Insane asylums Bombay 1873-77 - 1873-1877
Year: 1873
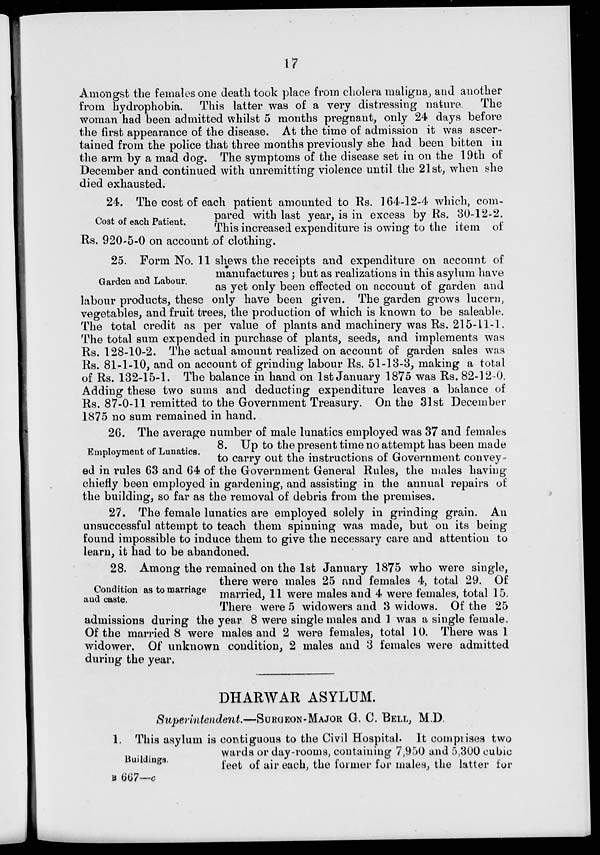
17
Amongst the females one death took place from cholera maligna, and another
from hydrophobia. This latter was of a very distressing nature. The
woman had been admitted whilst 5 months pregnant, only 24 days before
the first appearance of the disease. At the time of admission it was ascer-
tained from the police that three months previously she had been bitten in
the arm by a mad dog. The symptoms of the disease set in on the 19 th of
December and continued with unremitting violence until the 21st, when she
died exhausted.
Cost of each Patient.
24. The cost of each patient amounted to Rs. 164-12-4 which, com-
pared with last year, is in excess by Rs. 30-12-2.
This increased expenditure is owing to the item of
Rs. 920-5-0 on account of clothing.
Garden and Labour.
25. Form No. 11 shews the receipts and expenditure on account of
manufactures; but as realizations in this asylum have
as yet only been effected on account of garden and
labour products, these only have been given. The garden grows lucern ,
vegetables, and fruit trees, the production of which is known to be saleable.
The total credit as per value of plants and machinery was Rs. 215-11-1.
The total sum expended in purchase of plants, seeds, and implements was
Rs. 128-10-2. The actual amount realized on account of garden sales was
Rs. 81-1-10, and on account of grinding labour Rs. 51-13-3, making a total
of Rs. 132-15-1. The balance in hand on 1st January 1875 was Rs. 82-12-0.
Adding these two sums and deducting expenditure leaves a balance of
Rs. 87-0-11 remitted to the Government Treasury. On the 31st December
1875 no sum remained in hand.
Employment of Lunatics.
26. The average number of male lunatics employed was 37 and females
8. Up to the present time no attempt has been made
to carry out the instructions of Government convey-
ed in rules 63 and 64 of the Government General Rules, the males having
chiefly been employed in gardening, and assisting in the annual repairs of
the building, so far as the removal of debris from the premises.
27. The female lunatics are employed solely in grinding grain. An
unsuccessful attempt to teach them spinning was made, but on its being-
found impossible to induce them to give the necessary care and attention to
learn, it had to be abandoned.
Condition as to marriage
and caste.
28. Among the remained on the 1st January 1875 who were single,
there were males 25 and females 4, total 29. Of
married, 11 were males and 4 were females, total 15.
There were 5 widowers and 3 widows. Of the 25
admissions during the year 8 were single males and 1 was a single female.
Of the married 8 were males and 2 were females, total 10. There was 1
widower. Of unknown condition, 2 males and 3 females were admitted
during the year.
DHARWAR ASYLUM.
Superintendent.—SURGEON-MAJOR G. C. BELL, M.D.
Buildings.
1. This asylum is contiguous to the Civil Hospital. It comprises two
wards or day-rooms, containing 7,950 and 5,300 cubic
feet
of
air
each,
the
former
for
males,the
letter
for
B 667—c